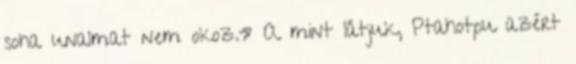
soha unalmat nem okoz.» A mint látjuk, Ptahotpu azért